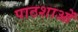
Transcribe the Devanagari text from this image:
पाठशाओं